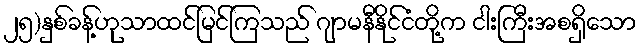
၂၅)နှစ်ခန့်ဟုသာထင်မြင်ကြသည် ဂျာမနီနိုင်ငံတို့က ငါးကြီးအစရှိသော